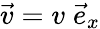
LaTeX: \vec{v}=v\; \vec{e}_{x}